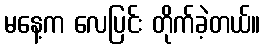
မနေ့က လေပြင်း တိုက်ခဲ့တယ်။